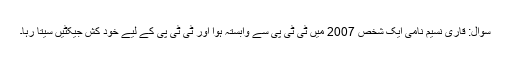
سوال: قاری نسیم نامی ایک شخص 2007 میں ٹی ٹی پی سے وابستہ ہوا اور ٹی ٹی پی کے لیے خود کش جیکٹیں سیتا رہا۔